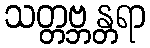
သတ္တဗ္ဘန္တရာ